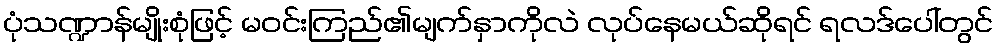
ပုံသဏ္ဍာန်မျိုးစုံဖြင့် မဝင်းကြည်၏မျက်နှာကိုလဲ လုပ်နေမယ်ဆိုရင် ရလဒ်ပေါ်တွင်